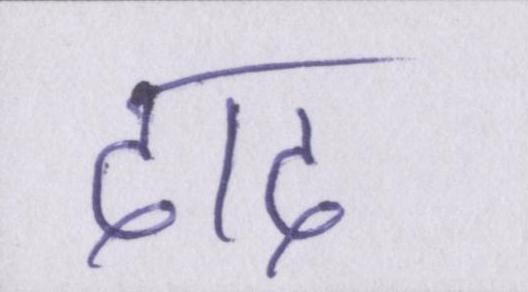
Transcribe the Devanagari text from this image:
दाद